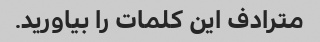
مترادف این کلمات را بیاورید.